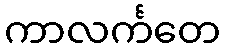
ကာလင်္ကတေ